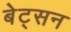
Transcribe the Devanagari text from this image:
बेट्सन